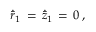
\dot { \bar { r } } _ { 1 } \, = \, \dot { \bar { z } } _ { 1 } \, = \, 0 \, ,